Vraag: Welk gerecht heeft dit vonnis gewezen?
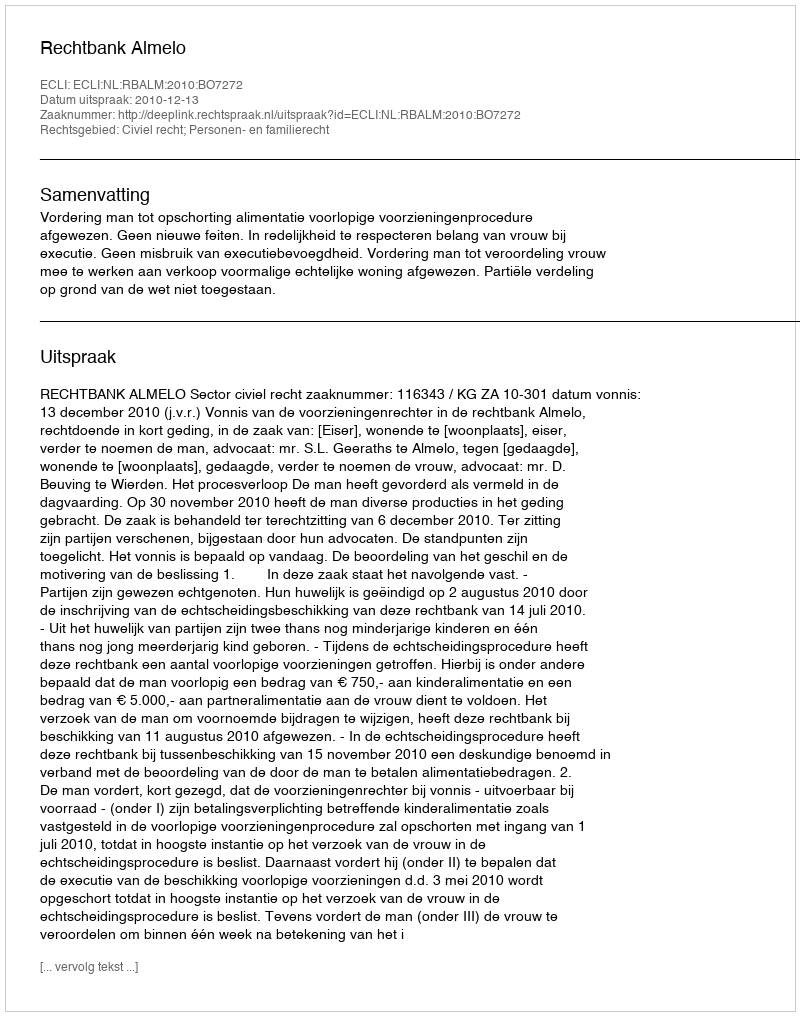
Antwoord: Rechtbank Almelo